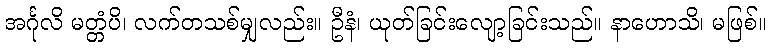
အင်္ဂုလိ မတ္တံပိ၊ လက်တသစ်မျှလည်း။ ဦနံ၊ ယုတ်ခြင်းလျော့ခြင်းသည်။ နာဟောသိ၊ မဖြစ်။